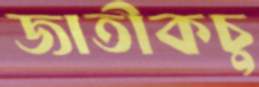
জাতীকচু